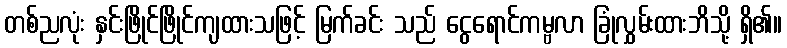
တစ်ညလုံး နှင်းဖြိုင်ဖြိုင်ကျထားသဖြင့် မြက်ခင်း သည် ငွေရောင်ကမ္ဗလာ ခြုံလွှမ်းထားဘိသို့ ရှိ၏။